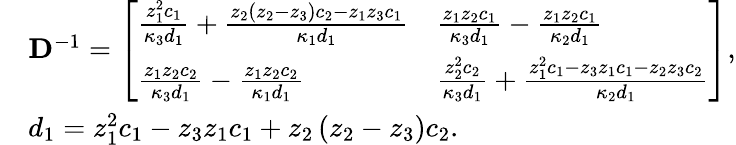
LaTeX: \begin{array}{rl}&{\mathbf{D}^{-1}=\left[\begin{array}{ll}{\frac{z_{1}^{2}c_{1}}{\kappa_{3}d_{1}}+\frac{z_{2}\left(z_{2}-z_{3}\right)c_{2}-z_{1}z_{3}c_{1}}{\kappa_{1}d_{1}}}&{\frac{z_{1}z_{2}c_{1}}{\kappa_{3}d_{1}}-\frac{z_{1}z_{2}c_{1}}{\kappa_{2}d_{1}}}\\ {\frac{z_{1}z_{2}c_{2}}{\kappa_{3}d_{1}}-\frac{z_{1}z_{2}c_{2}}{\kappa_{1}d_{1}}}&{\frac{z_{2}^{2}c_{2}}{\kappa_{3}d_{1}}+\frac{z_{1}^{2}c_{1}-z_{3}z_{1}c_{1}-z_{2}z_{3}c_{2}}{\kappa_{2}d_{1}}}\end{array}\right],}\\ &{d_{1}=z_{1}^{2}c_{1}-z_{3}z_{1}c_{1}+z_{2}\left(z_{2}-z_{3}\right)c_{2}.}\end{array}